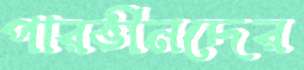
পারভীনদের